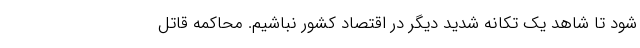
شود تا شاهد یک تکانه شدید دیگر در اقتصاد کشور نباشیم. محاکمه قاتل